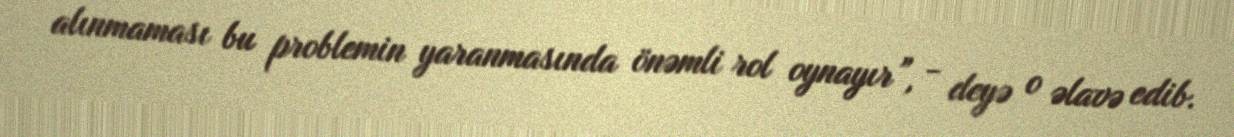
alınmaması bu problemin yaranmasında önəmli rol oynayır”, - deyə o əlavə edib.